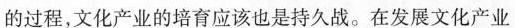
过程，文化产业的培育应该也是持久战。在发展文化产业